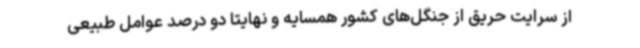
از سرایت حریق از جنگل‌های کشور همسایه و نهایتا دو درصد عوامل طبیعی